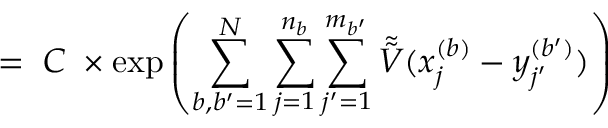
= \; C \; \times \exp \left( \sum _ { b , b ^ { \prime } = 1 } ^ { N } \sum _ { j = 1 } ^ { n _ { b } } \sum _ { j ^ { \prime } = 1 } ^ { m _ { b ^ { \prime } } } \tilde { \tilde { V } } ( x _ { j } ^ { ( b ) } - y _ { j ^ { \prime } } ^ { ( b ^ { \prime } ) } ) \right)